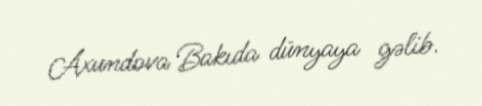
Axundova Bakıda dünyaya gəlib.